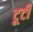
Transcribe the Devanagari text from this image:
टूटीं